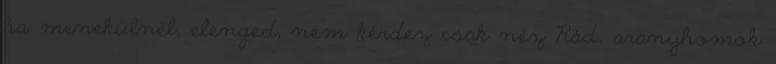
ha menekülnél, elenged, nem kérdez csak néz Rád. aranyhomok